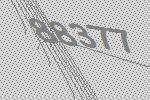
88377